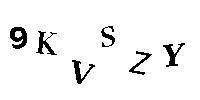
9KVSZY